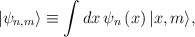
\begin{align*}|\psi _{n,m}\rangle \equiv \int dx\,\psi _n\left( x\right) |x,m\rangle ,\end{align*}